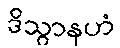
ဒိသွာနဟံ